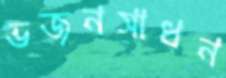
ভজনসাধন